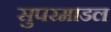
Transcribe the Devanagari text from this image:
सुपरमाडल